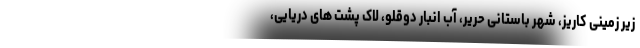
زیر زمینی کاریز، شهر باستانی حریر، آب انبار دوقلو، لاک پشت های دریایی،